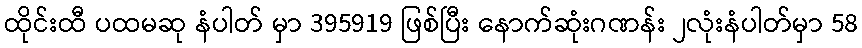
ထိုင်းထီ ပထမဆု နံပါတ် မှာ 395919 ဖြစ်ပြီး နောက်ဆုံးဂဏန်း ၂လုံးနံပါတ်မှာ 58